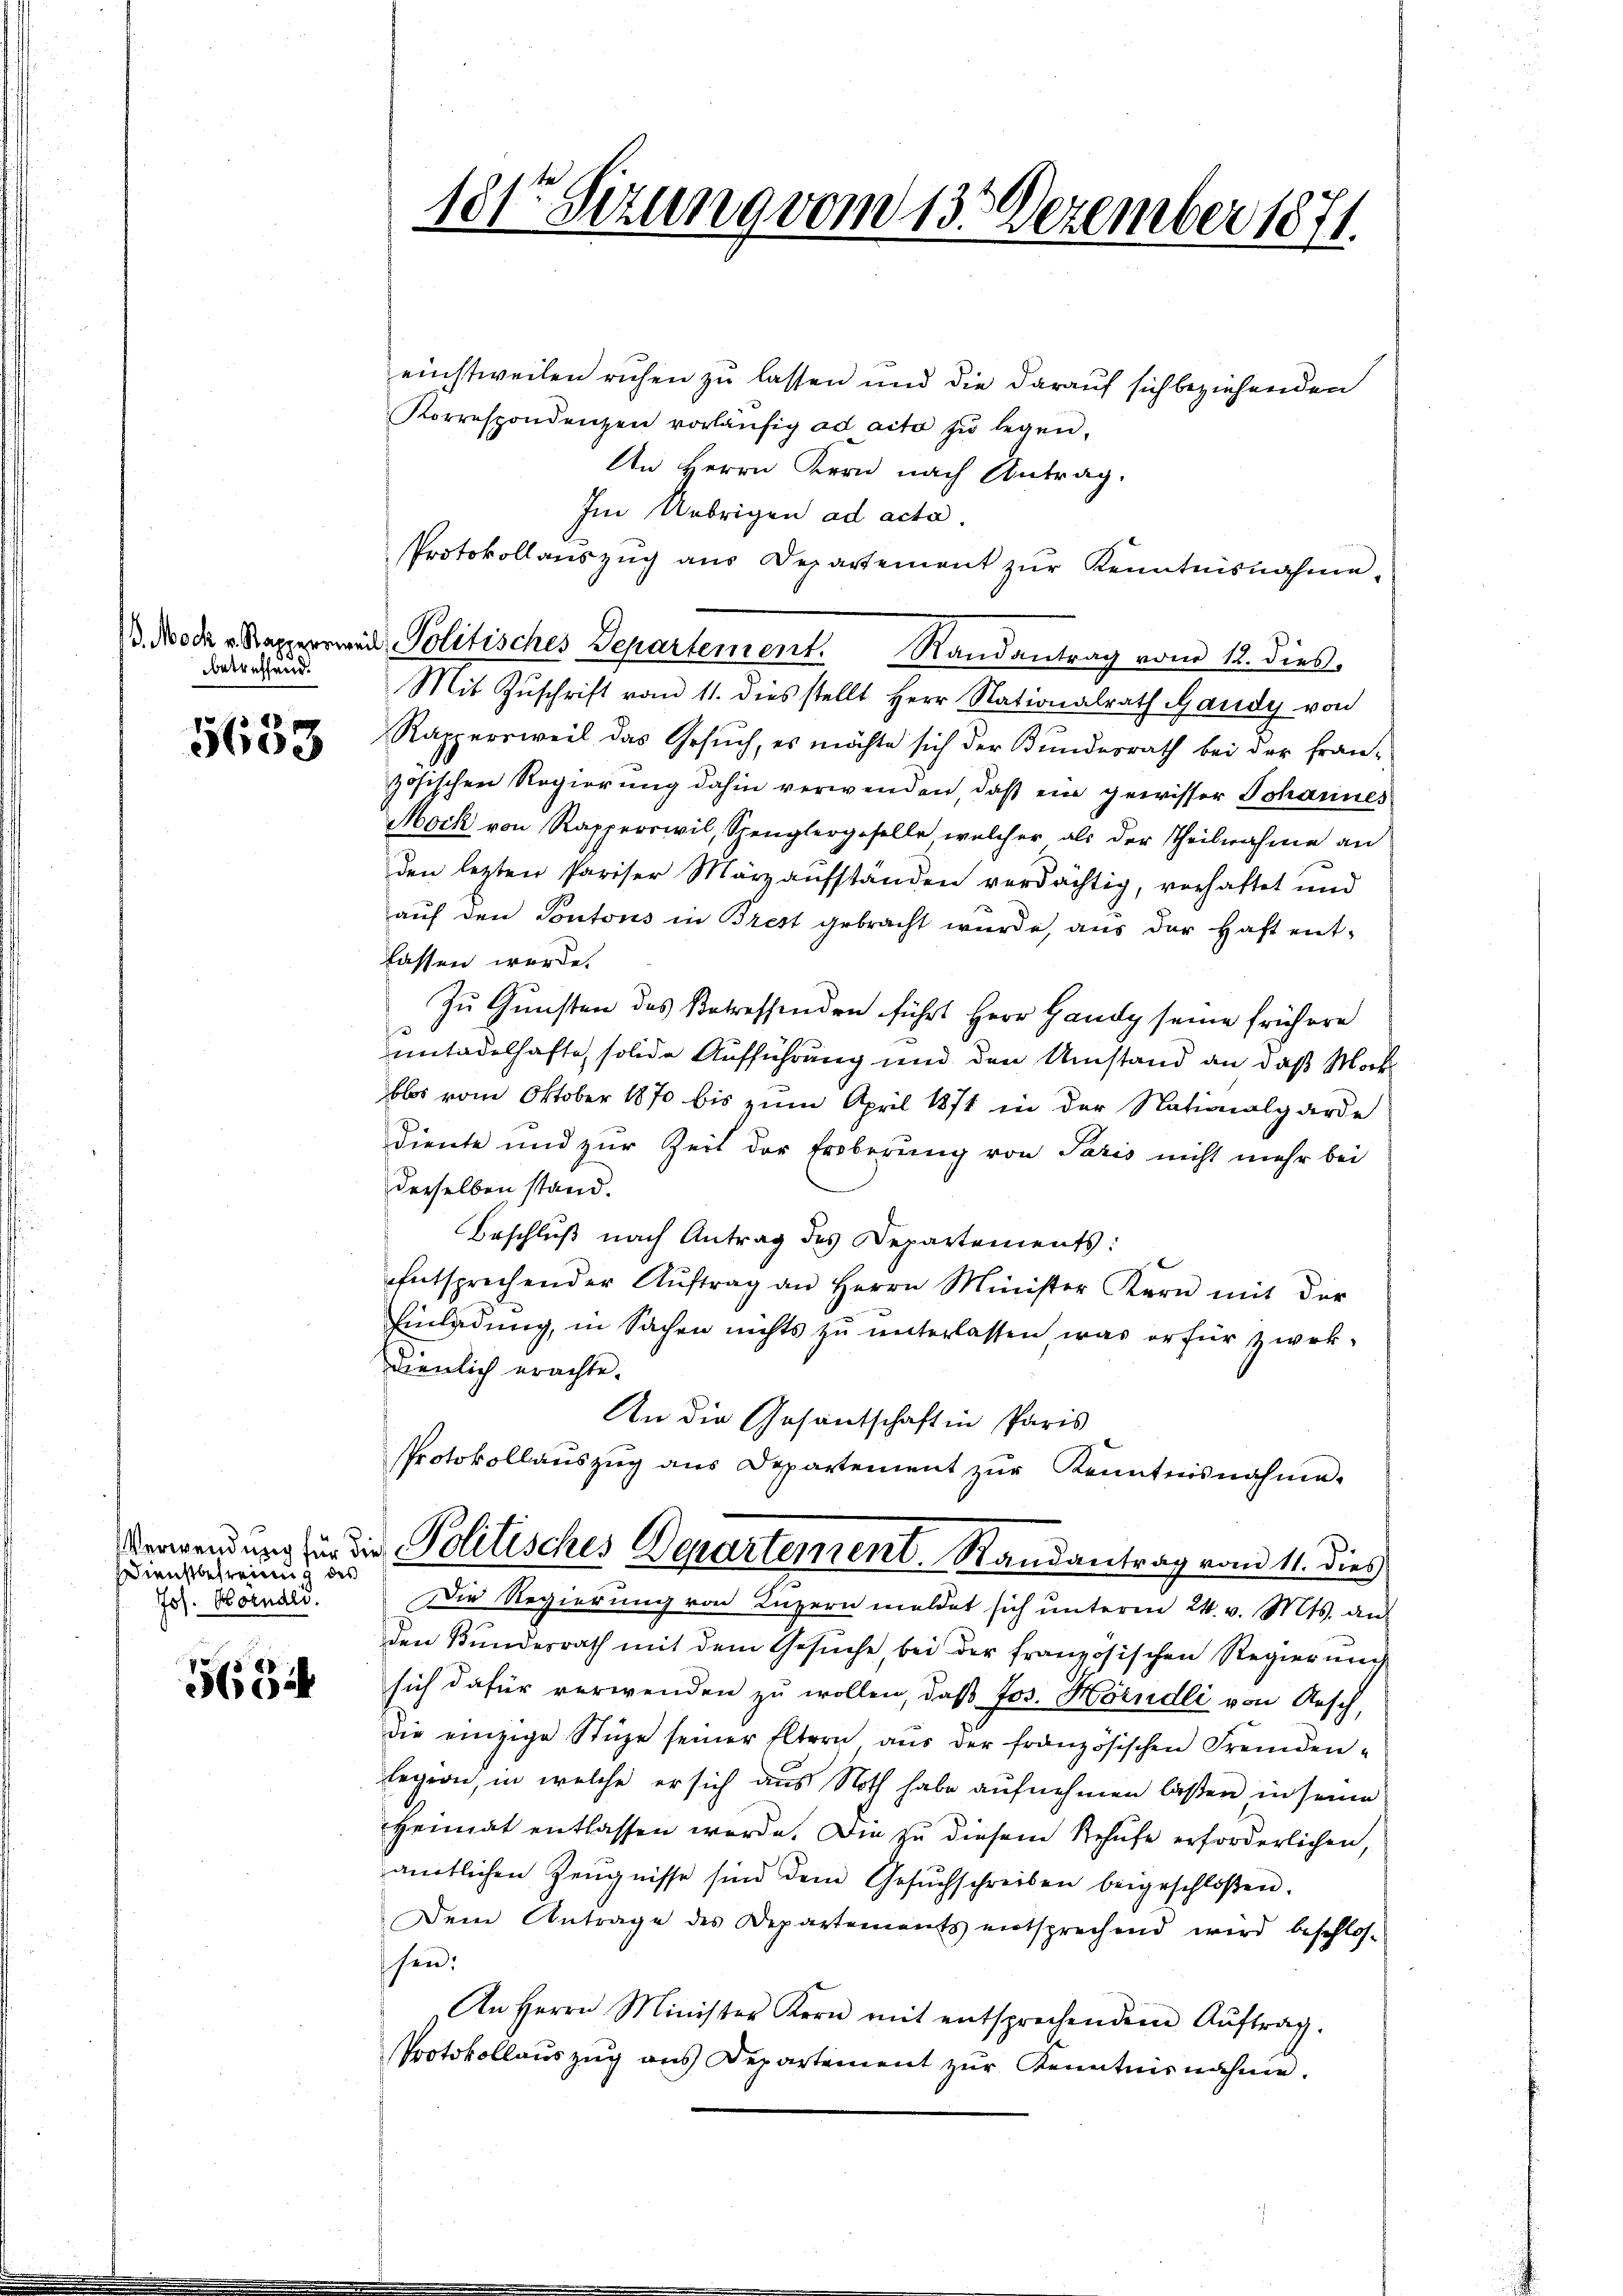
betreffend.

5653

e
Dienstbefreiung des
Jos. Korndli

88
o

181te Sitzung vom 13. Dezember 1871.

einstweilen ruhen zu lassen und die darauf sich beziehenden
Korrespondenzen vorläŭfig ad acta zŭ legen.
An Herrn Kern nach Antrag.
Im Uebrigen ad acta.
Protokollauszug aus Departement zŭr Kenntnisnahme.
3. Noch Kapperrei Politisches Departement. Randantrag vom 12. dies
Mit Zŭschrift vom 11. dies stellt Herr Nationalrath Gaudy von
Rappersweil das Gesuch, es möchte sich der Bundesrath bei der Französischen Regierung dahin verwenden, daß ein gewisser Johannes
Mock von Rapperswil, Spenglergeselle welcher als der Theilnahme an
den lezten Pariser März aufständen verdächtig, verhaftet und
auf den Pontons in Brest gebracht wurde, aus der Haft entlassen werde.
Zu Gunsten des Betreffenden führt Herr Gaudy seine frühere
untadelhafte, solide Aufführung und den Umstand an daß Makblos vom Oktober 1870 bis zum April 1874 in der Nationalgarde
diente und zur Zeit der Eroberung von Paris nicht mehr bei
derselben stand.
Beschluß nach Antrag des Departements:
Entsprechender Aŭftrag an Herrn Minister Kern mit der
Einladung, in Sachen nichts zu unterlassen was erfür zwek-
dienlich erachte.
An die Gesandschaft in Paris
Protokollaŭszŭg ans Departement zŭr Kenntnisnahme.
Verwendung für die Politisches Derartement Randantrag vom 11. dies
Die Regierung von Luzern meldet sich unteren 24. v. Mts. aus
den Bundesrath mit dem Gesuche bei der französischen Regierung
sich dafür verwenden zu wollen, daß Jos. Hörndli von Aesch,
die einzige Stüge seiner Eltern aŭs der französischen Fremden-
Legion, in welche er sich aus Noth habe aufnehmen laßen in seine
Heimat entlassen werde. Die zu diesem Behufe erforderlichen,
amtlichen Zeŭgnisse sind dem Gesŭchschreiben beigeschloßen.
Dein Antrage des Departements entsprechend wird beschlos-
sen:
An Herrn Minister Kern mit entsprechendem Aŭftrag.
Protokollauszug aus Departement zur Kenntnisnahme.